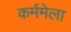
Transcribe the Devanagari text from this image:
कर्ममेला